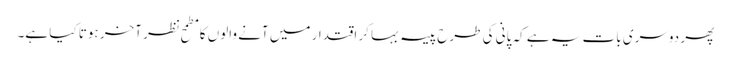
پھر دوسری بات یہ ہے کہ پانی کی طرح پیسہ بہا کر اقتدار میں آنے والوں کا مطمحِ نظر آخر ہوتا کیا ہے۔